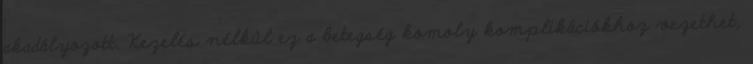
akadályozott. Kezelés nélkül ez a betegség komoly komplikációkhoz vezethet,